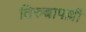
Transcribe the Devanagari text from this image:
तिरुच्चापल्ली